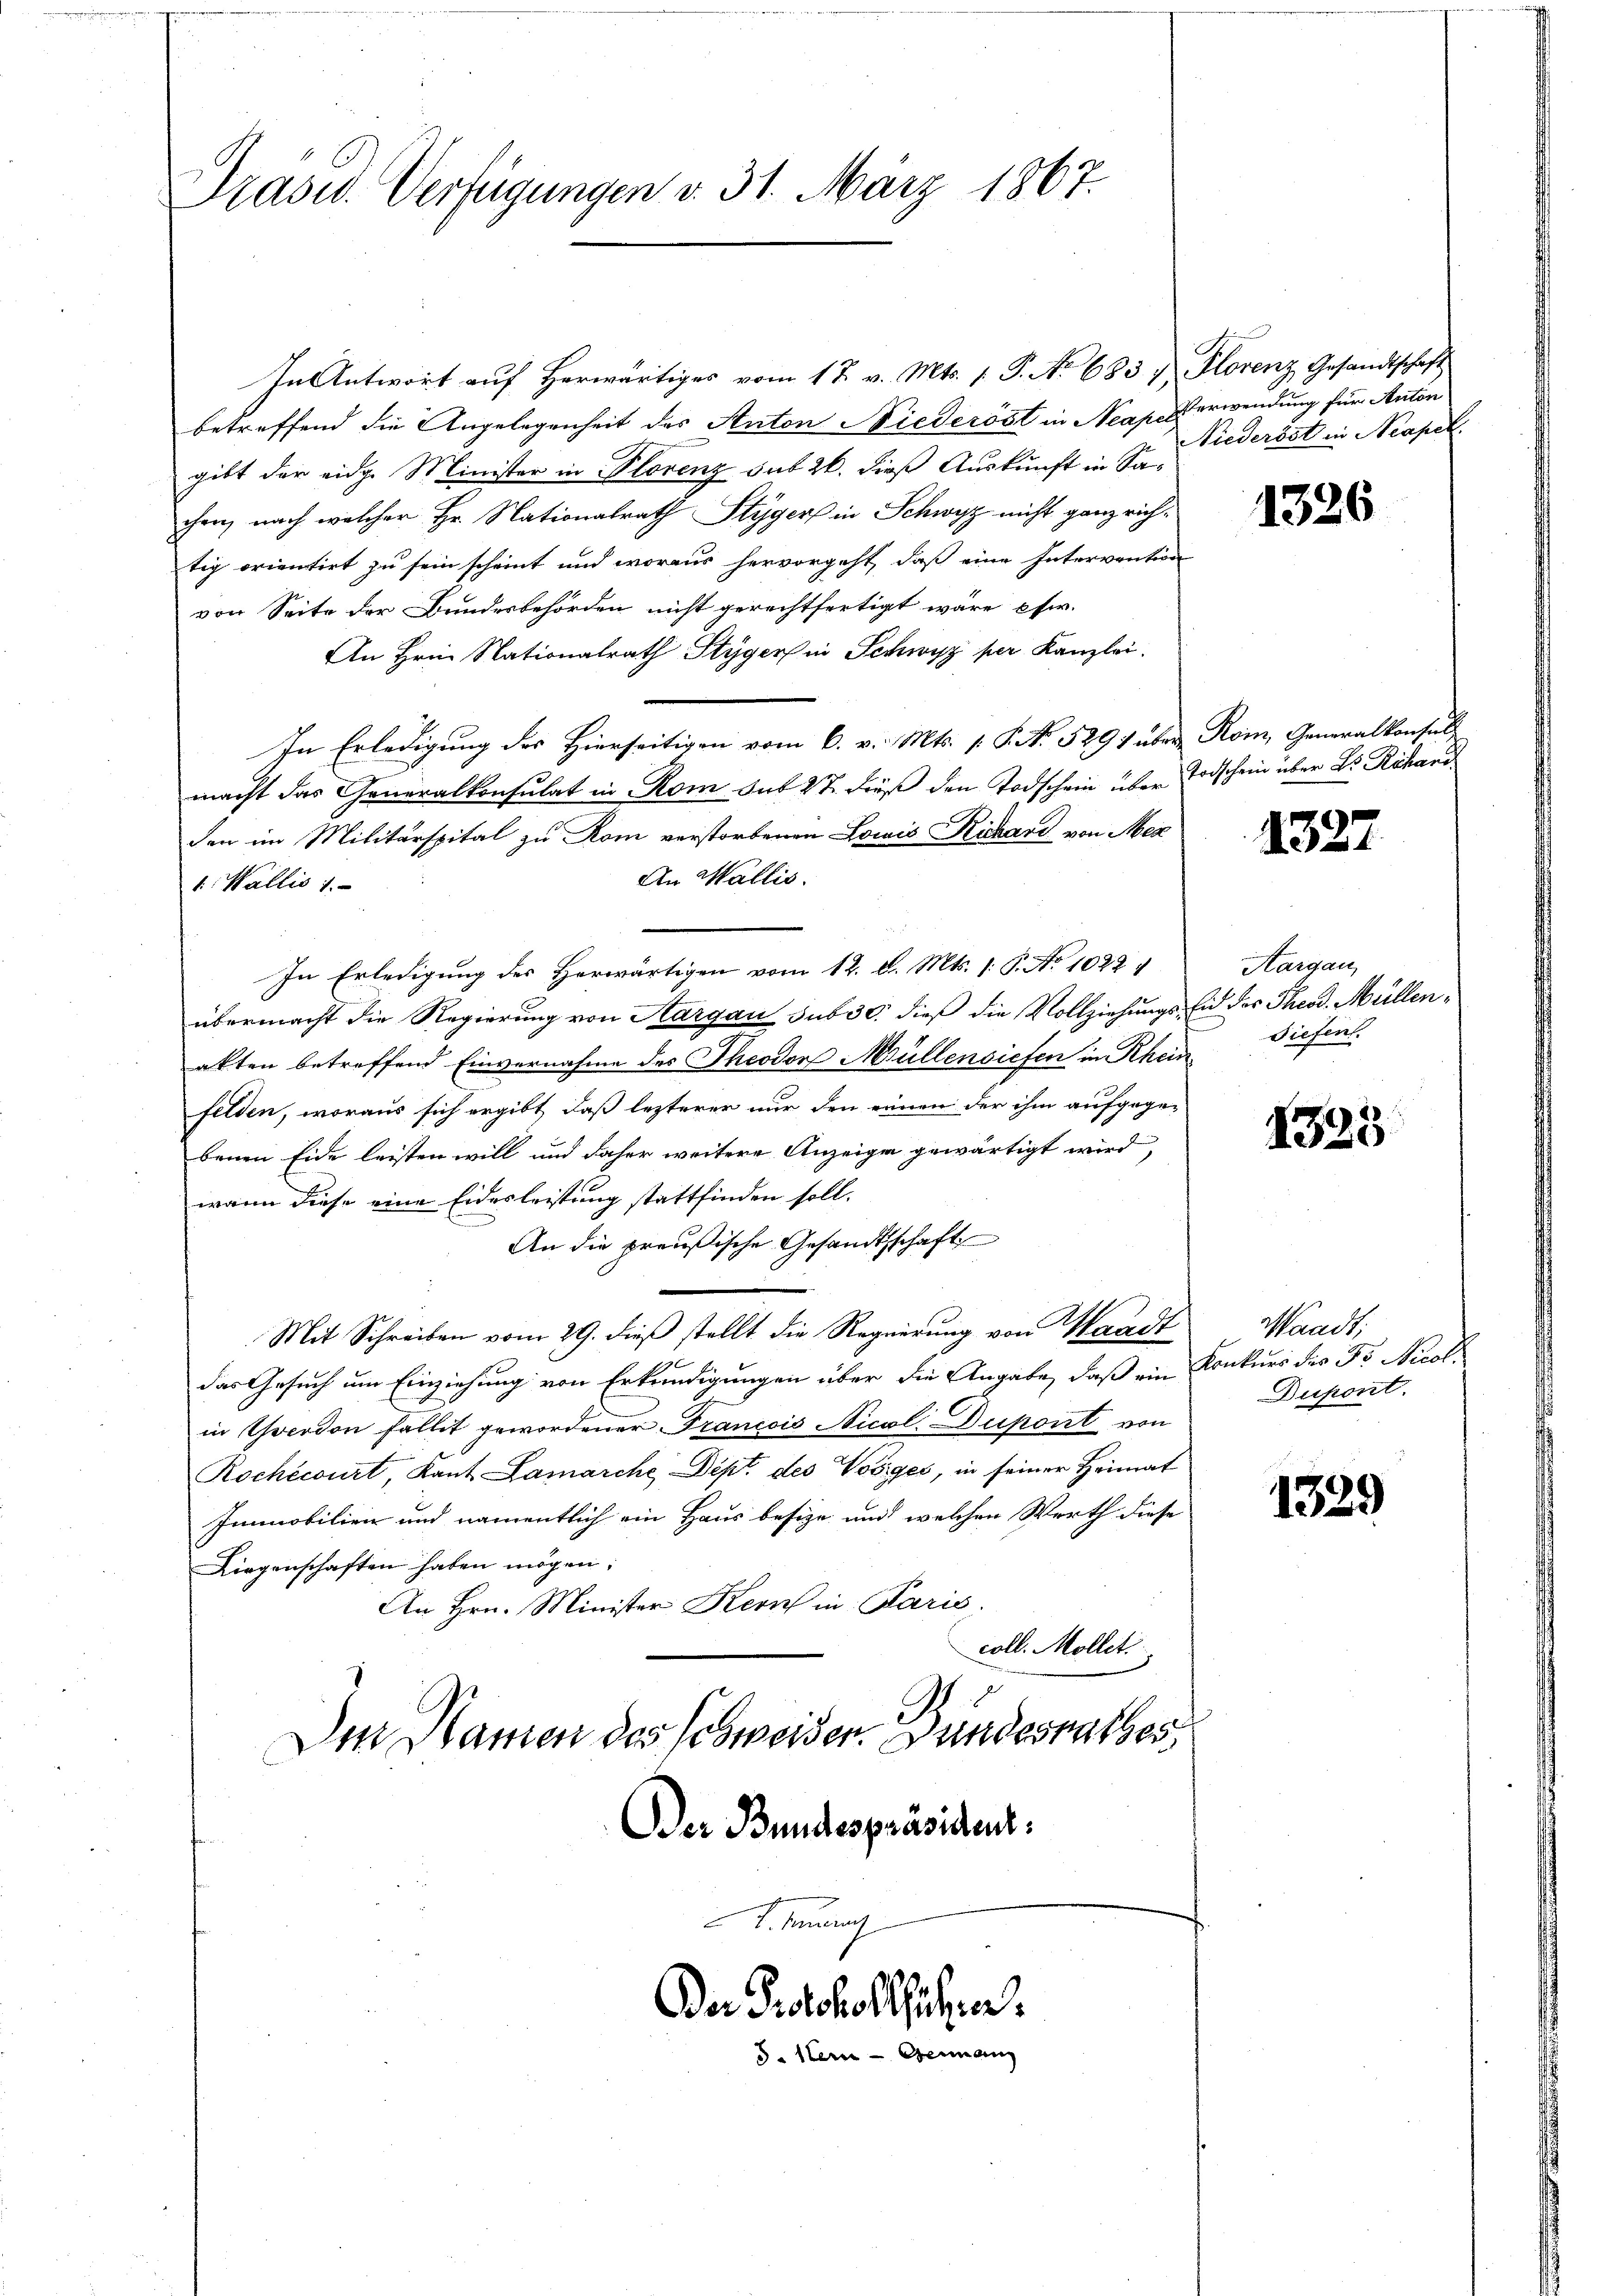
Präsid. Verfügungen v. 31. März 1867.

In Antwort auf herwärtiges vom 17. v. Mts. 1. P. No 683 & Florenz Gesandtschaft
betreffend die Angelegenheit des Anton Niederöst in Neape Verwendung für Anton
gibt der eidg. Minister in Florenz sub 20. dieß Auskunft in Sachen, nach welcher Hr. Nationalrath Styger in Schwyz nicht ganz richtig orientirt zu sein scheint und woraus hervorgeht, daß eine Intervention
von Seite der Bundesbehörden nicht gerechtfertigt wäre, pfw.
An Hrn. Nationalrath Styger in Schwyz per Kanzlei.
In Erledigung des Hierseitigen vom 6. v. Mts. s. S. No. 529) über Rom, Generalkonsuls
macht das Generalkonsulat in Rom sub 27. dieß den Todschein über Todschein über Dr Röhand
den im Militärspital zu Kom verstorbenen Lowis Kuchard von Mez
An Wallis.
1. Wallis 1
In Erledigung des Herwärtigen vom 12. d. Mts. 1. P. No 1022 1
übermacht die Regierung von Aargau sub 30. dieß die Vollziehungs Eid der Theod. Müllenakten betreffend Einvernahme des Theodor Müllensiefen in Rhein
felden, woraus sich ergibt, daß lezterer nur den einen der ihm aufgegebenen Eide leisten will und daher weitere Anzeige gewärtigt wird,
wann diese eine Eidesleistung stattfinden soll.
An die preußische Gesandtschaft
Mit Schreiben vom 29. dieß stellt die Regierung von Waadt
78
das Gesuch um Einziehung von Erkundigungen über die Angabe, daß ein Konkurs des Fo Nicol
in Yverdon fällit gewordener Francois Nicol Dupont von
Rochecourt, Kant Lamarche Dept. des Voriger, in seiner Heimat
Immobilien und namentlich ein Haus besize und welchen Werth diese
Liegenschaften haben mögen;
An Hrn. Minister Kern in Paris.
coll. Mollit
.
Den Namen des Schweider. Bundesrathes
DDer Bundespräsident:
. Finanz

Da Protokollführer.
5. Herrn Genann

Niederöst in Neapel.

1326

1327

Aargau,
Tiefen.

1323

Waadt;
Dupont.

1329